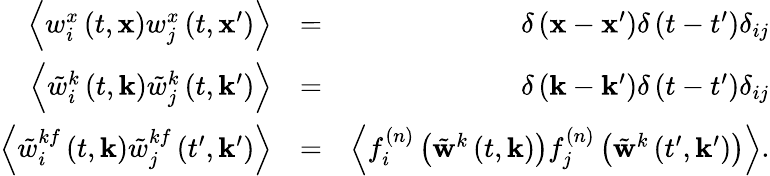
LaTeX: \begin{array}{rlr}{\left\langle w_{i}^{x}\left(t,\mathbf{x}\right)w_{j}^{x}\left(t,\mathbf{x}^{\prime}\right)\right\rangle}&{=}&{\delta\left(\mathbf{x}-\mathbf{x}^{\prime}\right)\delta\left(t-t^{\prime}\right)\delta_{ij}}\\ {\left\langle\tilde{w}_{i}^{k}\left(t,\mathbf{k}\right)\tilde{w}_{j}^{k}\left(t,\mathbf{k}^{\prime}\right)\right\rangle}&{=}&{\delta\left(\mathbf{k}-\mathbf{k}^{\prime}\right)\delta\left(t-t^{\prime}\right)\delta_{ij}}\\ {\left\langle\tilde{w}_{i}^{kf}\left(t,\mathbf{k}\right)\tilde{w}_{j}^{kf}\left(t^{\prime},\mathbf{k}^{\prime}\right)\right\rangle}&{=}&{\left\langle f_{i}^{(n)}\left(\tilde{\mathbf{w}}^{k}\left(t,\mathbf{k}\right)\right)f_{j}^{(n)}\left(\tilde{\mathbf{w}}^{k}\left(t^{\prime},\mathbf{k}^{\prime}\right)\right)\right\rangle.}\end{array}